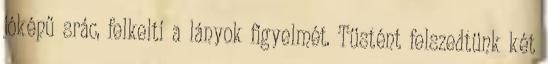
jóképű srác, felkelti a lányok figyelmét. Tüstént felszedtünk két